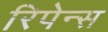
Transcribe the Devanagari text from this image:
रिपेन्स